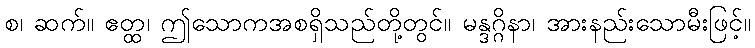
စ၊ ဆက်။ ဧတ္ထ၊ ဤသောကအစရှိသည်တို့တွင်။ မန္ဒဂ္ဂိနာ၊ အားနည်းသောမီးဖြင့်။